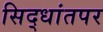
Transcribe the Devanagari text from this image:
सिद्धांतपर